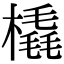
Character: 橇